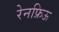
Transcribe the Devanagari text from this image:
रेनफ्रिऊ